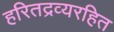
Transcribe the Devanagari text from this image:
हरितद्रव्यरहित